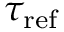
\tau _ { \mathrm { r e f } }